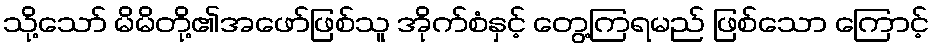
သို့သော် မိမိတို့၏အဖော်ဖြစ်သူ အိုက်စံနှင့် တွေ့ကြရမည် ဖြစ်သော ကြောင့်